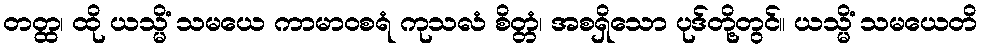
တတ္ထ၊ ထို ယသ္မိံ သမယေ ကာမာဝစရံ ကုသလံ စိတ္တံ၊ အစရှိသော ပုဒ်တို့တွင်။ ယသ္မိံ သမယေတိ